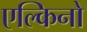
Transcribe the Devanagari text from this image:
एल्किनो